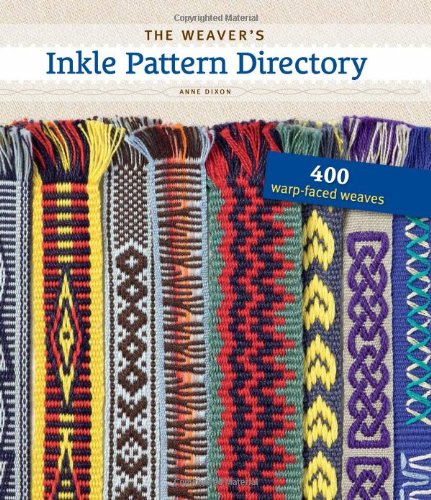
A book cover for The Weaver's Inkle Pattern Directory: 400 Warp-Faced Weaves; Anne Dixon; Crafts, Hobbies & Home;